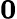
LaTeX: \le 0